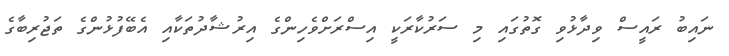
ނައިބު ރައީސް ވިދާޅުވި ގޮތުގައި މި ސަރުކާރަކީ އިސްރަށްވެހިންގެ އިރުޝާދުތަކާއި އެބޭފުޅުންގެ ތަޖުރިބާގެ